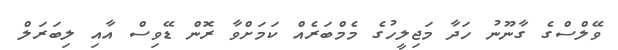
ވޭލްސްގެ ގާނޫނު ހަދާ މަޖިލީހުގެ މެމްބަރެއް ކަމަށްވާ ރޮން ޑޭވިސް އާއި ލިބަރަލް